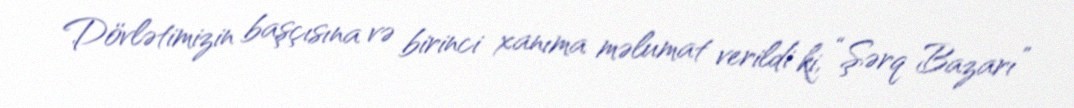
Dövlətimizin başçısına və birinci xanıma məlumat verildi ki, “Şərq Bazarı”